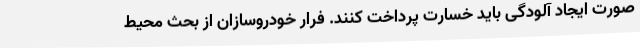
صورت ایجاد آلودگی باید خسارت پرداخت کنند. فرار خودروسازان از بحث محیط